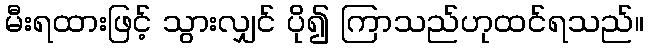
မီးရထားဖြင့် သွားလျှင် ပို၍ ကြာသည်ဟုထင်ရသည်။